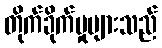
တိုက်ခိုက်မှုများသည်